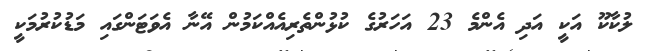
ލުކާކޫ އަކީ އަދި އެންމެ 23 އަހަރުގެ ކުޅުންތެރިއެއްކަމުން އޭނާ އެވަޓަންގައި މަޑުކުރުމަކީ